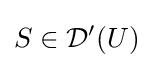
S\in {\mathcal {D}}^{\prime }(U)